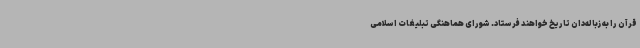
قرآن را به زباله‌دان تاریخ خواهند فرستاد. شورای هماهنگی تبلیغات اسلامی